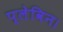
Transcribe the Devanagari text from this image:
प्लेविन।